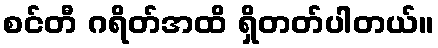
စင်တီ ဂရိတ်အထိ ရှိတတ်ပါတယ်။